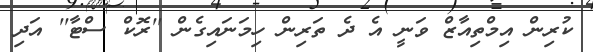
ކުރިން އިމްތިއާޒް ވަނީ އެ ދެ ތަރިން ހިމަނައިގެން ''ރޮކް ސްޓާ'' އަދި